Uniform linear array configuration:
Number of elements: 16
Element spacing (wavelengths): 0.25
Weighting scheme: kaiser
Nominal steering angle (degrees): -45
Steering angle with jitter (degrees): -45.242
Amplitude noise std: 0.05
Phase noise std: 0.05

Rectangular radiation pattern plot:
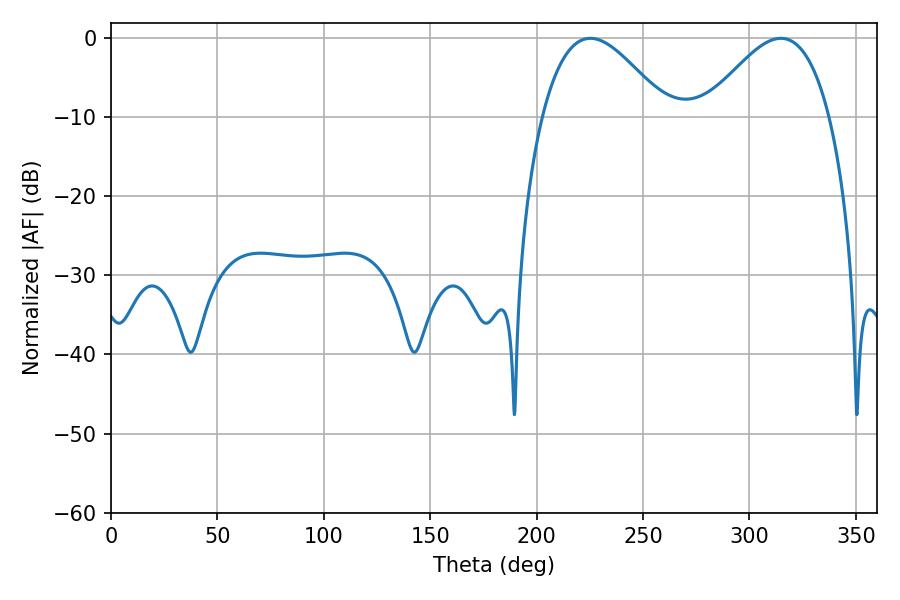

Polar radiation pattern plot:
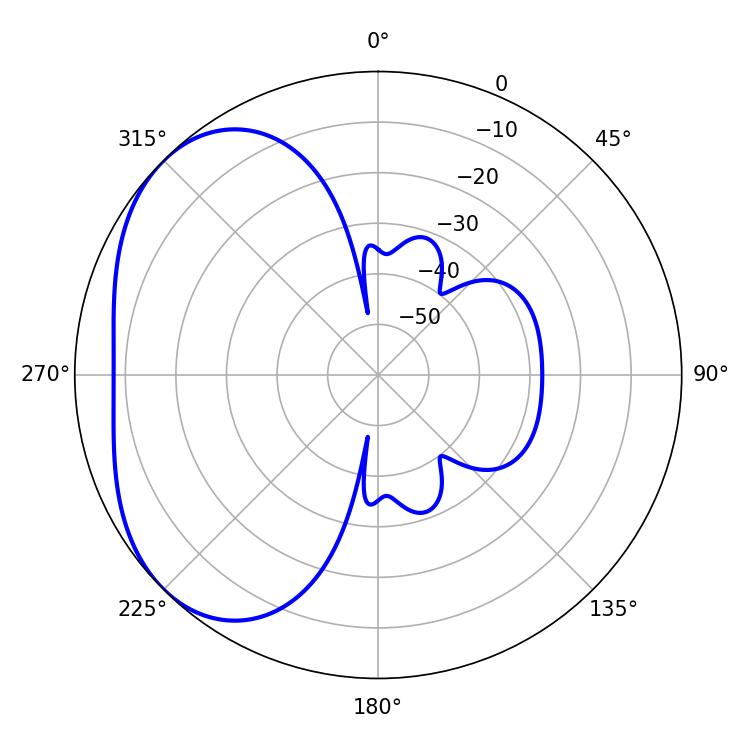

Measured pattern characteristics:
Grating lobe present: FALSE
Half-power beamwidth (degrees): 31.5
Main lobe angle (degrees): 225.18